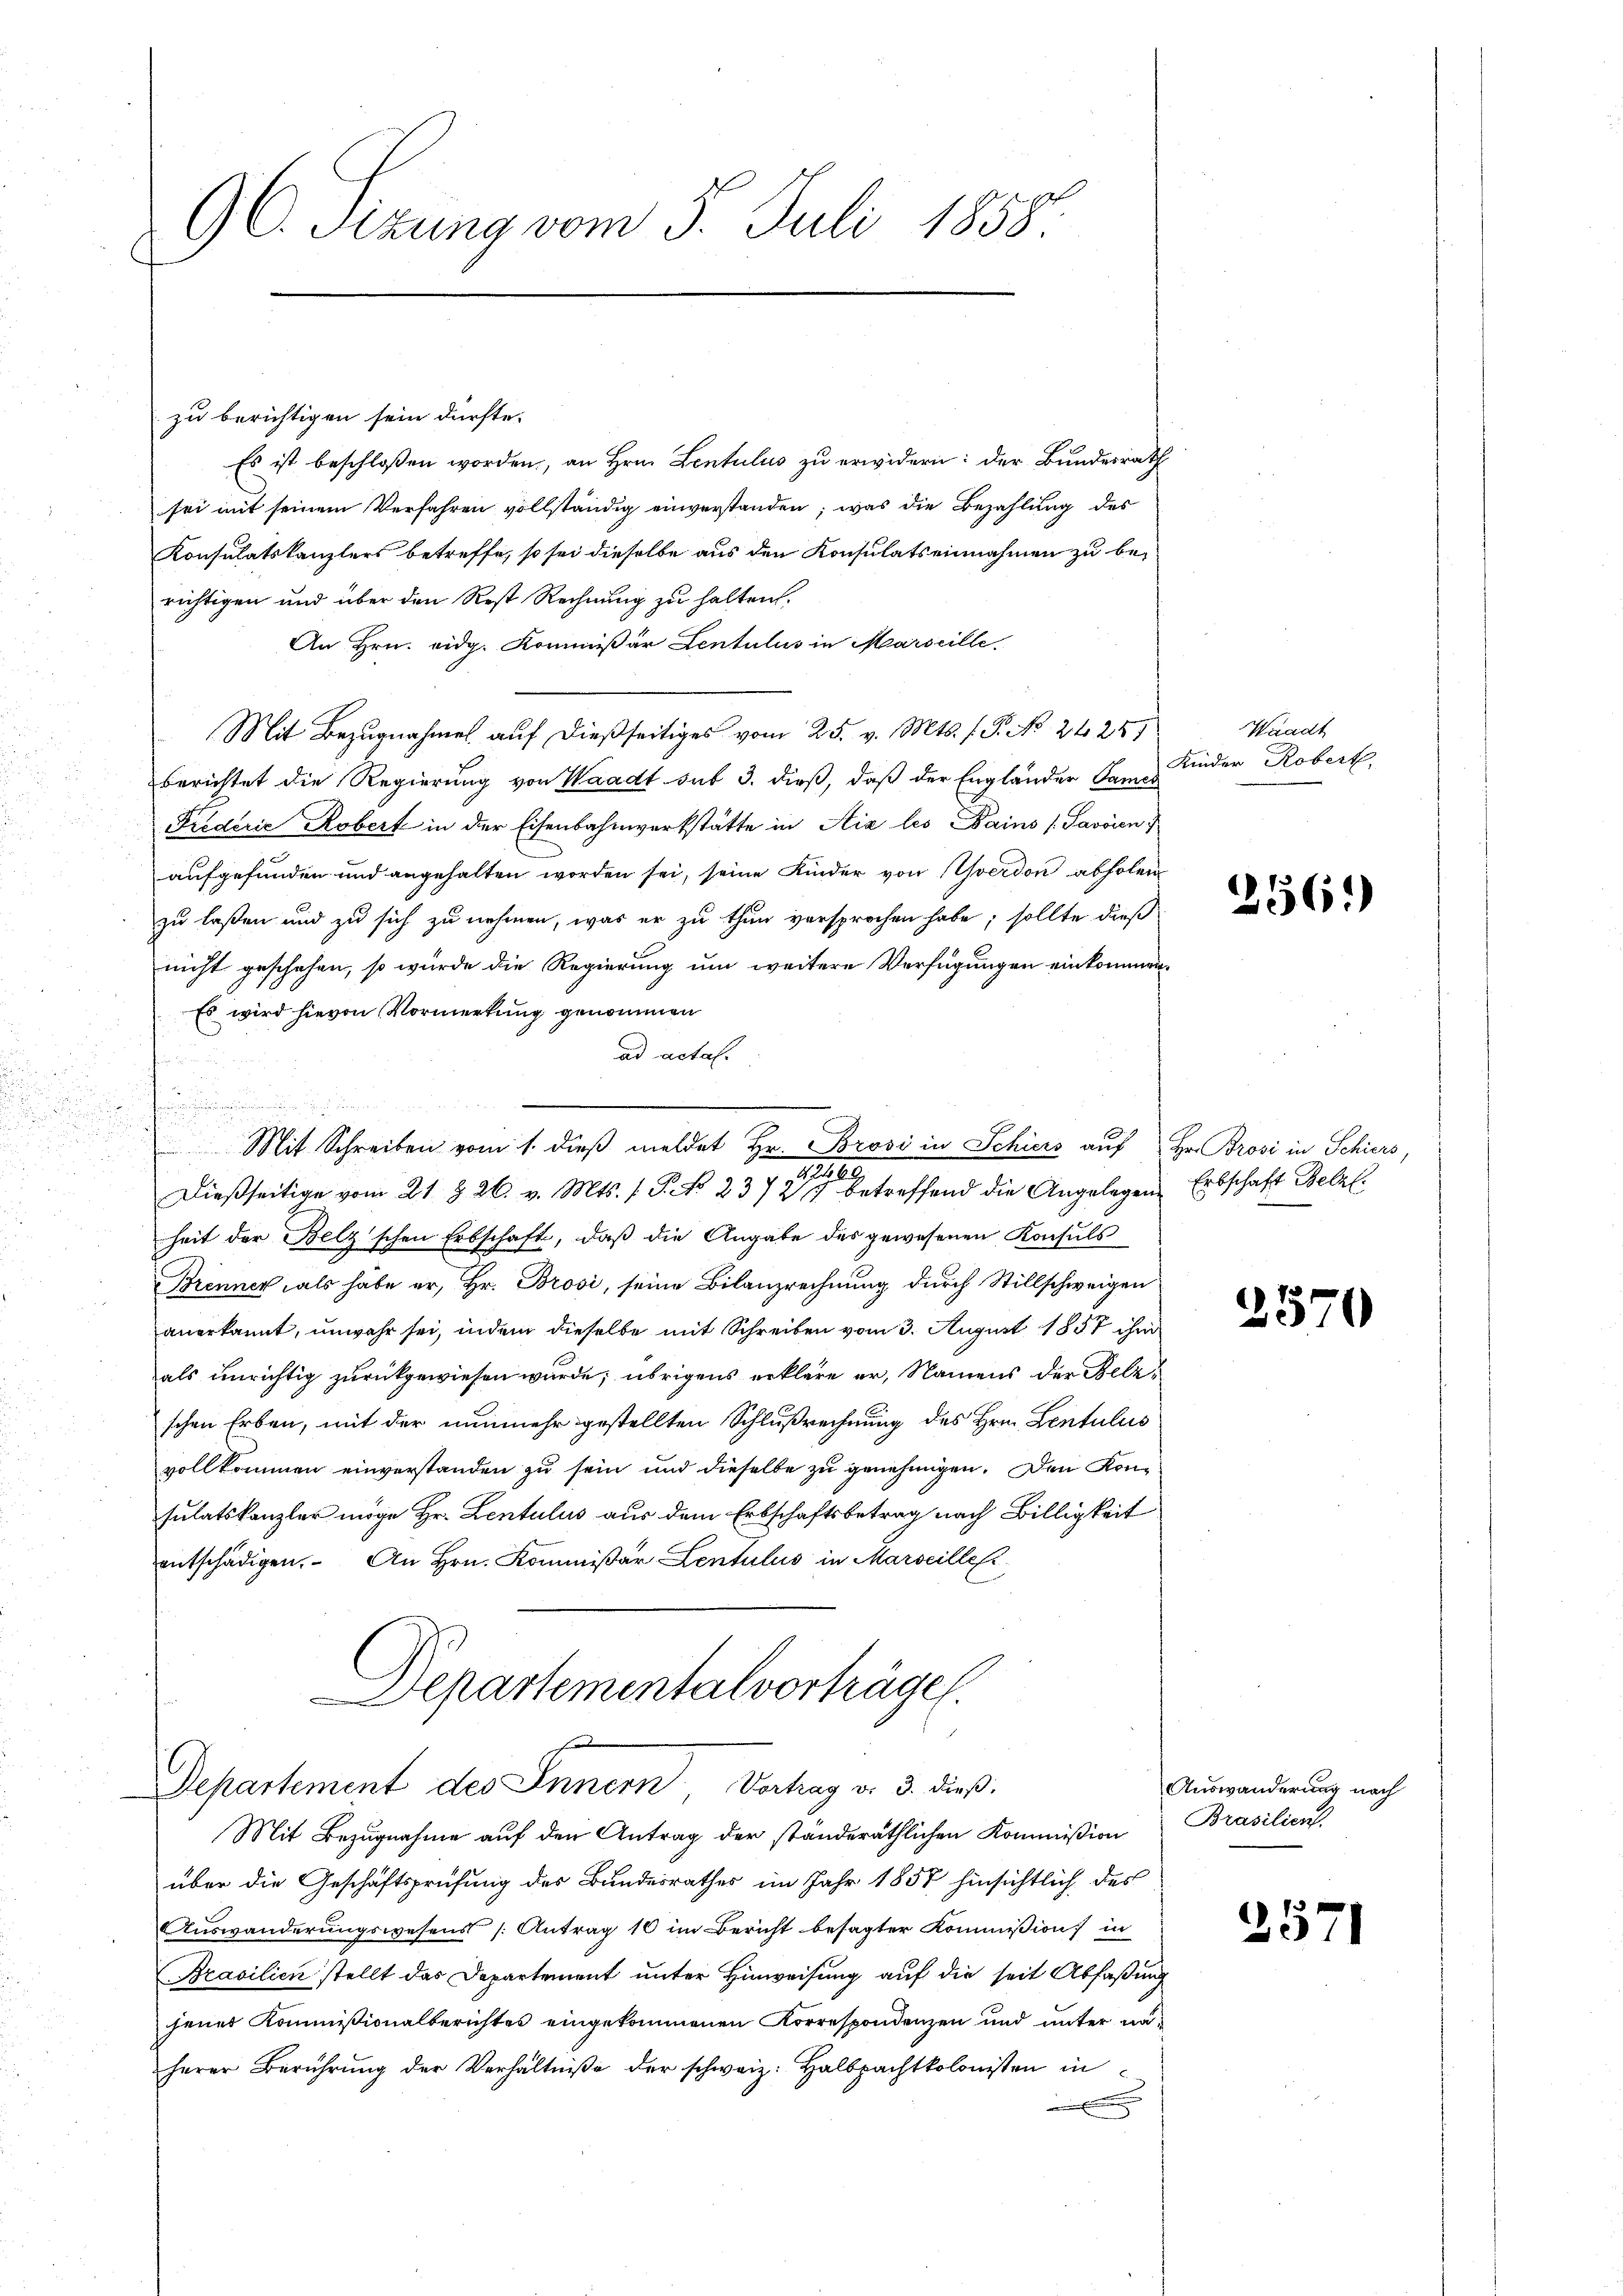
d

a

96. Sezung vom 5. Juli 1858.

zu berichtigen sein dürfte.
Es ist beschlossen worden, an Hrn. Lentulus zu erwidern: der Bundesrath
sei mit seinem Verfahren vollständig einverstanden; was die Bezahlung des
Konsulatskanzlers betreffe, so sei dieselbe aus den Konsulatseinnahmen zu berichtigen und über den Rest Rechnung zu halten.
An Hrn. eidg. Kommißär Lentalis in Marseille.
Mit Bezugnahme auf dießseitiges vom 25. v. Mts. f. P. No. 24251
berichtet die Regierung von Waadt sub 3. dieß, daß der Engländer Sames
Fiederie Robert in der Eisenbahnwerkstätte in Aix les Bains (Javoien
aufgefunden und angehalten worden sei, seine Kinder von Yverdon abholen
zu laßen und zu sich zu nehmen, was er zu thun versprochen habe; sollte dieß
nicht geschehen, so würde die Regierung um weitere Verfügungen einkommen¬
Es wird hievon Vormerkung genommen
ad actal.
u
f
i
Dießseitige vom 21 § 26. v. Mts. f. P. No 237 betreffend die Angelegen Erbschaft Bell
heit der Belz'schen Erbschaft, daß die Angabe des gewesenen Konsuls
Brenner, als habe er, Hr. Brosi, seine Bilanzrechnung durch Stillschweigen
anerkannt, unwahr sei, indem dieselbe mit Schreiben vom 3. August 1857 ihm
als unrichtig zurückgewiesen wurde; übrigens erkläre er, Namens der Belzschen Erben, mit der nunmehr gestellten Schlußrechnung des Hrn. Lentulies
vollkommen einverstanden zu sein und dieselbe zu genehmigen. Den Kon-
sulatskanzler möge Hr. Lentulus aus dem Erbschaftsbetrag nach Billigkeit
entschädigen. An Hrn. Kommißär Lentulus in Marseilles
Departementalvorträgen.
u
Departement des Innern, Vortrag v. 3. dieß.
Mit Bezugnahme auf den Antrag der ständeräthlichen Kommission
über die Geschäftsprüfung der Bundesrathes im Jahr 1857 hinsichtlich des
Auswanderungswesens Antrag 10 im Bericht besagter Kommission in
Brasilien stellt das Departement unter Hinweisung auf die seit Abfaßung
jener Kommissionalberichtes eingekommenen Korrespondenzen und unter näherer Berührŭng der Verhältniße der schweiz. Halbpachtkolonisten in

t

Mit Schreiben vom 1. dieβ meldet Hr. Brosi in Schiers auf Hr. Brosi in Schiers,

Waadt
Kinder Robert,

256.)

2570

Auswanderung nach
Brasilien.

2571